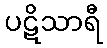
ပဋိသာရီ